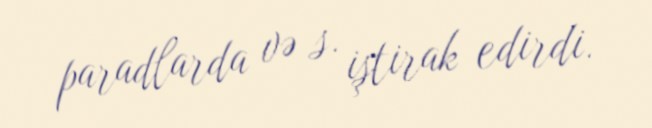
paradlarda və s. iştirak edirdi.